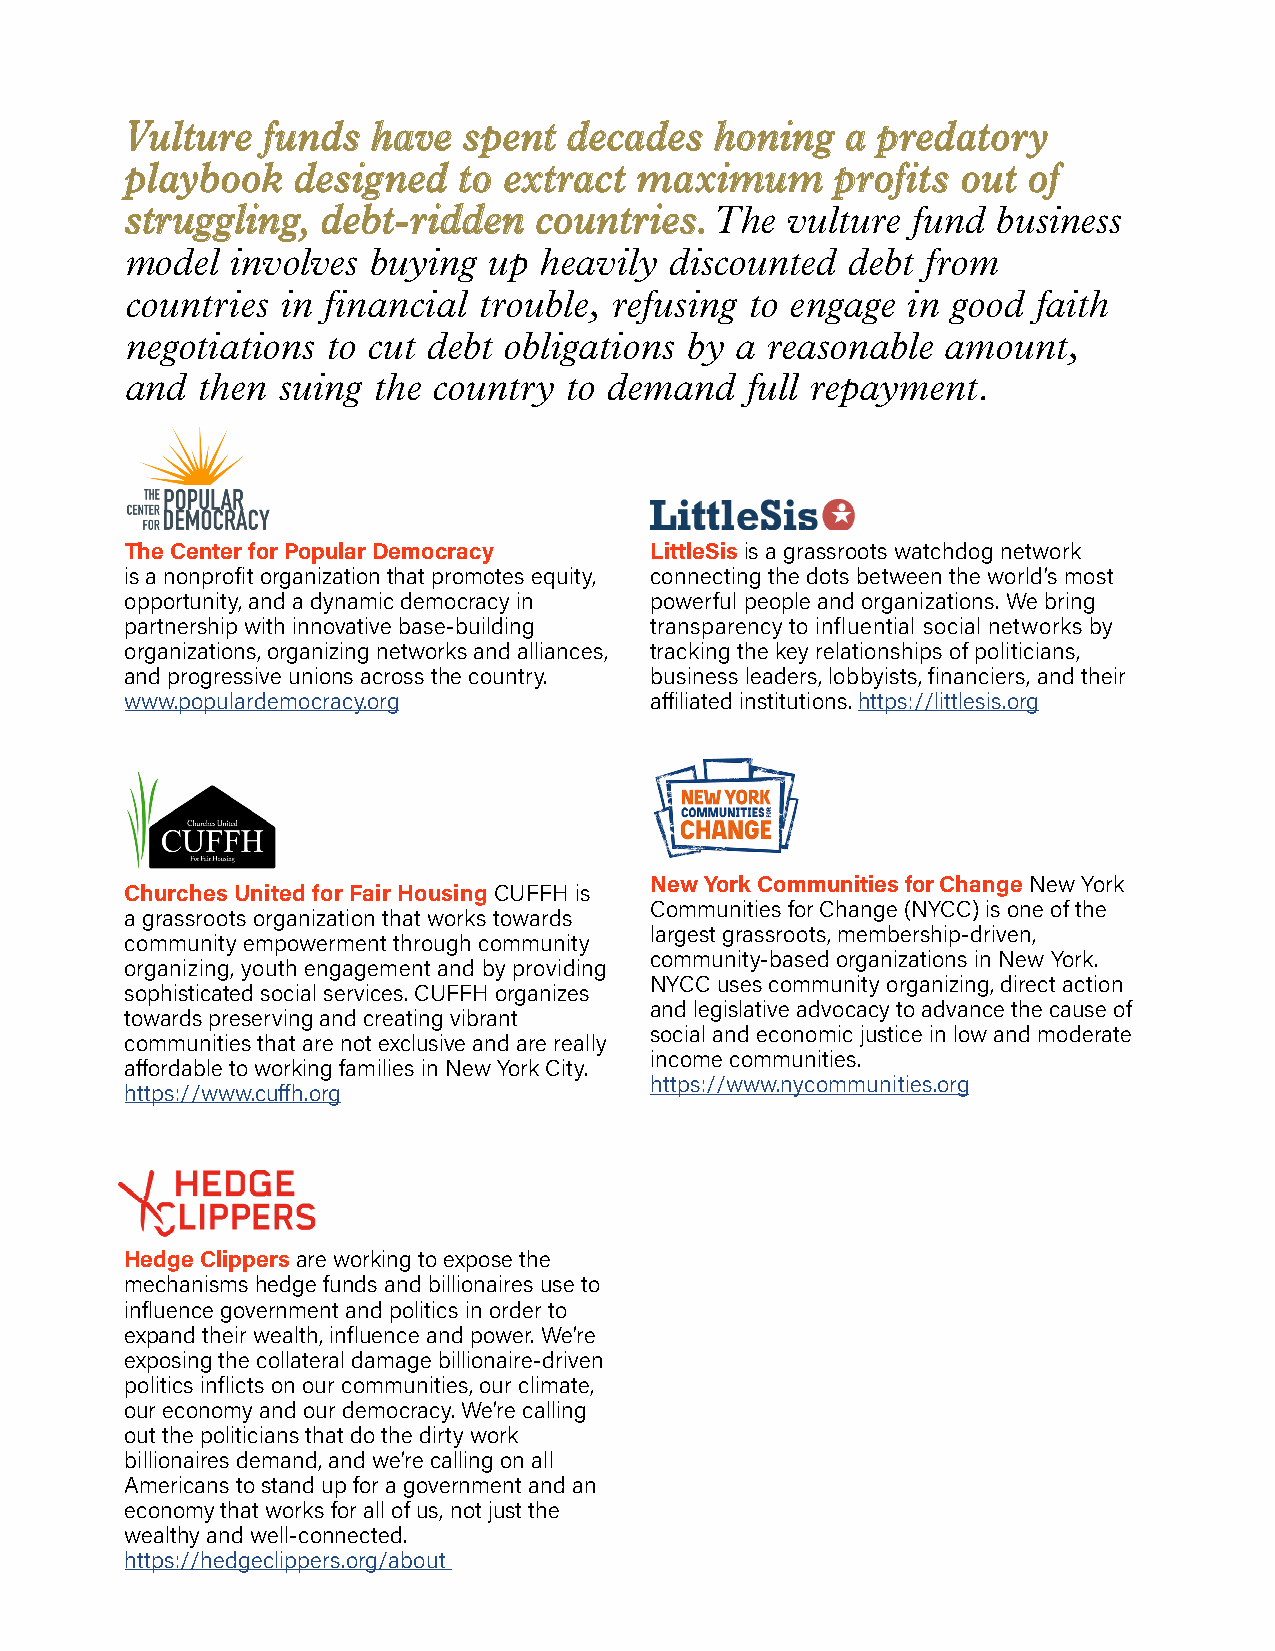
VVuullttuurree ffuunnddss hhaavvee ssppeenntt ddeeccaaddeess hhoonniinngg aa pprreeddaattoorryy
 ppllaayybbooookk ddeessiiggnneedd ttoo eexxttrraacctt mmaaxxiimmuumm pprrooffiittss oouutt ooff
 ssttrruugggglliinngg,, ddeebbtt--rriiddddeenn ccoouunnttrriieess.. The vulture fund business
 model  involves buying  up  heavily discounted  debt from
 countries  in financial trouble, refusing to engage in good  faith
 negotiations  to cut debt obligations by a reasonable  amount,
 and  then suing  the country to demand   full repayment.
 The Center for Popular Democracy   LittleSis is a grassroots watchdog network
 is a nonprofit organization that promotes equity, connecting the dots between the world’s most
 opportunity, and a dynamic democracy in powerful people and organizations. We bring
 partnership with innovative base-building transparency to influential social networks by
 organizations, organizing networks and alliances, tracking the key relationships of politicians,
 and progressive unions across the country. business leaders, lobbyists, financiers, and their
 www.populardemocracy.org           affiliated institutions. https://littlesis.org
 New York Communities for Change New York
 Churches United for Fair Housing CUFFH is
 Communities for Change (NYCC) is one of the
 a grassroots organization that works towards
 largest grassroots, membership-driven,
 community empowerment through community
 community-based organizations in New York.
 organizing, youth engagement and by providing
 NYCC uses community organizing, direct action
 sophisticated social services. CUFFH organizes
 and legislative advocacy to advance the cause of
 towards preserving and creating vibrant
 social and economic justice in low and moderate
 communities that are not exclusive and are really
 income communities.
 affordable to working families in New York City.
 https://www.nycommunities.org
 https://www.cuffh.org
 Hedge Clippers are working to expose the
 mechanisms hedge funds and billionaires use to
 influence government and politics in order to
 expand their wealth, influence and power. We’re
 exposing the collateral damage billionaire-driven
 politics inflicts on our communities, our climate,
 our economy and our democracy. We’re calling
 out the politicians that do the dirty work
 billionaires demand, and we’re calling on all
 Americans to stand up for a government and an
 economy that works for all of us, not just the
 wealthy and well-connected.
 https://hedgeclippers.org/about